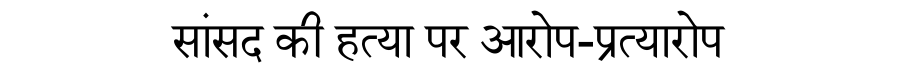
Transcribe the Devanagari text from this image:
सांसद की हत्या पर आरोप-प्रत्यारोप